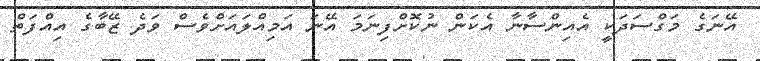
އޭނަގެ މަގްސަދަކީ އެއިންސާނާ އެކަން ނުކޮށްފިނަމަ އޭނަ އަމިއްލައަށްވެސް ވަދެ ޒޭބާގެ އިއްފަތް